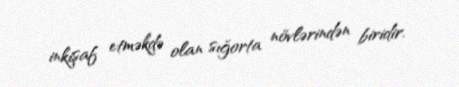
inkişaf etməkdə olan sığorta növlərindən biridir.